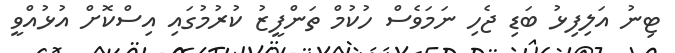
ޓިނު އަލިފިޅު ބަޑި ޖެހި ނަމަވެސް ހުކުމް ތަންފީޒު ކުރުމުގައި އިސްކޮށް އުޅުއްވީ